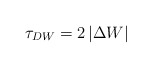
\begin{align*}\tau_{DW} = 2 \left| \Delta W \right|\end{align*}